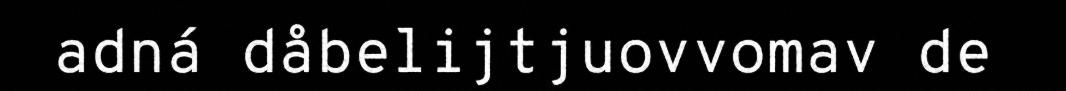
adná dåbelijtjuovvomav de